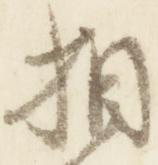
相